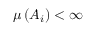
\mu \left( A _ { i } \right) < \infty